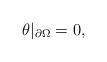
LaTeX: \begin{align*}\theta|_{\partial\Omega}=0,\end{align*}